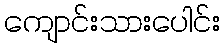
ကျောင်းသားပေါင်း